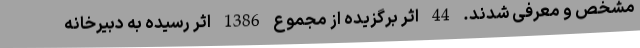
مشخص و معرفی شدند. 44 اثر برگزیده از مجموع 1386 اثر رسیده به دبیرخانه